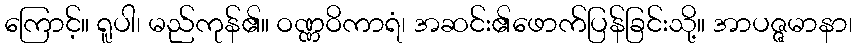
ကြောင့်။ ရူပါ၊ မည်ကုန်၏။ ဝဏ္ဏဝိကာရံ၊ အဆင်း၏ဖောက်ပြန်ခြင်းသို့။ အာပဇ္ဇမာနာ၊